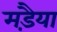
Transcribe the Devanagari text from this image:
मड़ैया